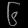
Digit: ၆